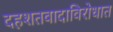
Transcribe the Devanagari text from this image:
दहशतवादाविरोधात